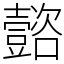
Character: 𡄻